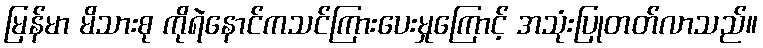
မြန်မာ မိသားစု ကိုရဲနောင်ကသင်ကြားပေးမှုကြောင့် အသုံးပြုတတ်လာသည်။